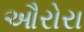
ઔરોરા